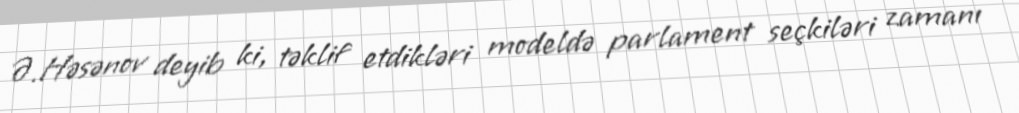
Ə.Həsənov deyib ki, təklif etdikləri modeldə parlament seçkiləri zamanı